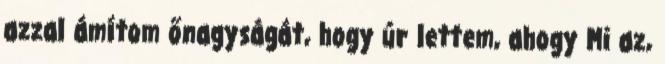
azzal ámítom őnagyságát, hogy úr lettem, ahogy Mi az,